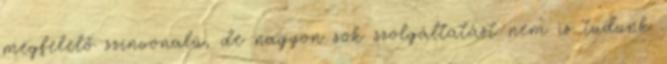
megfelelő színvonalú, de nagyon sok szolgáltatást nem is tudunk